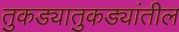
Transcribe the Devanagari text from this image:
तुकड्यातुकड्यांतील